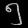
Digit: ၅